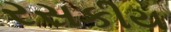
રસકીય